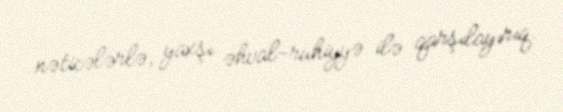
nəticələrlə, yaxşı əhval-ruhiyyə ilə qarşılayırıq.